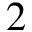
2